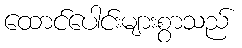
ထောင်ပေါင်းများစွာသည်